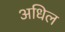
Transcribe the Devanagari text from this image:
अधिल